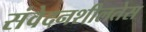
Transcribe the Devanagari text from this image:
संवेदनशीलतेस